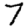
Digit: 7